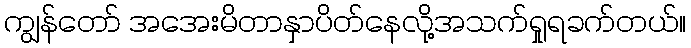
ကျွန်တော် အအေးမိတာနှာပိတ်နေလို့အသက်ရှုရခက်တယ်။